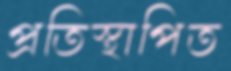
প্রতিস্থাপিত